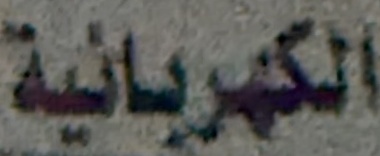
الكهربائية